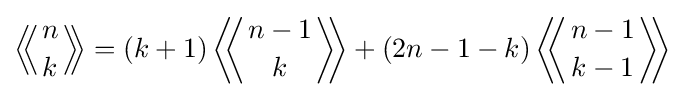
\left\langle \!\!\left\langle {n \atop k}\right\rangle \!\!\right\rangle =(k+1)\left\langle \!\!\left\langle {n-1 \atop k}\right\rangle \!\!\right\rangle +(2n-1-k)\left\langle \!\!\left\langle {n-1 \atop k-1}\right\rangle \!\!\right\rangle